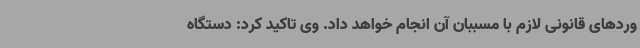
وردهای قانونی لازم با مسببان آن انجام خواهد داد. وی تاکید کرد: دستگاه